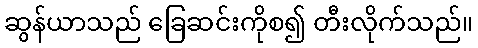
ဆွန်ယာသည် ခြေဆင်းကိုစ၍ တီးလိုက်သည်။